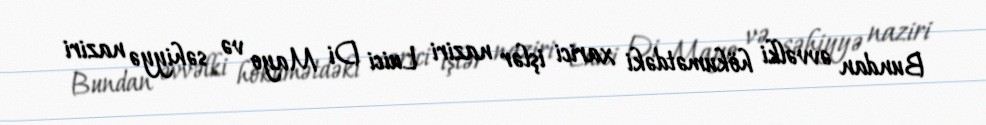
Bundan əvvəlki hökumətdəki xarici işlər naziri Luici Di Mayo və səhiyyə naziri